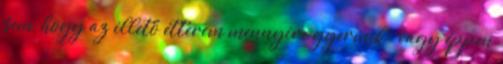
sem, hogy az illető étterem mennyire gyermek- vagy éppen